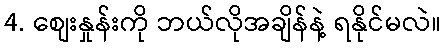
4. စျေးနှုန်းကို ဘယ်လိုအချိန်နဲ့ ရနိုင်မလဲ။